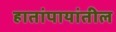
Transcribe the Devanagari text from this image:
हातांपायांतील